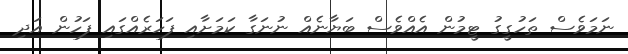
ނަމަވެސް ތަހުގީގު ޓީމުން އެއްވެސް ބަޔާނެއް ނުނަގާ ކަމަށާއި ފަހަރެއްގައި ފަހުން އަދި